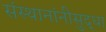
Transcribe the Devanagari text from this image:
संस्थानांनीसुद्धा